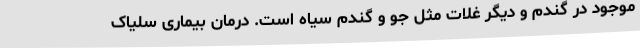
موجود در گندم و دیگر غلات مثل جو و گندم سیاه است. درمان بیماری سلیاک